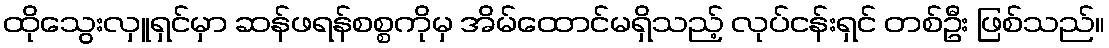
ထိုသွေးလှူရှင်မှာ ဆန်ဖရန်စစ္စကိုမှ အိမ်ထောင်မရှိသည့် လုပ်ငန်းရှင် တစ်ဦး ဖြစ်သည်။